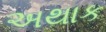
અથાક